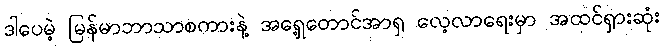
ဒါပေမဲ့ မြန်မာဘာသာစကားနဲ့ အရှေ့တောင်အာရှ လေ့လာရေးမှာ အထင်ရှားဆုံး